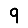
Digit: 9